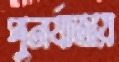
পুনর্যাত্রায়